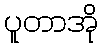
ပူတာအို